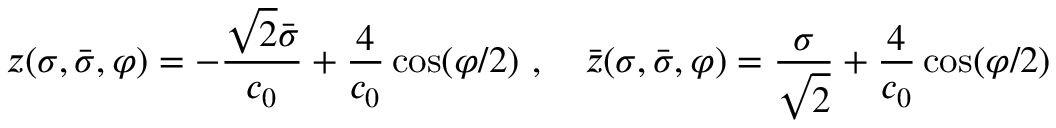
z ( \sigma , \bar { \sigma } , \varphi ) = - \frac { \sqrt { 2 } \bar { \sigma } } { c _ { 0 } } + \frac { 4 } { c _ { 0 } } \cos ( \varphi / 2 ) \, \, , \quad \bar { z } ( \sigma , \bar { \sigma } , \varphi ) = \frac { \sigma } { \sqrt { 2 } } + \frac { 4 } { c _ { 0 } } \cos ( \varphi / 2 )